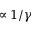
\propto 1 / \gamma